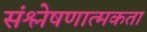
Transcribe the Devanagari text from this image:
संश्लेषणात्मकता